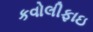
કવોલીફાઇ